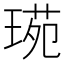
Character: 𤧌